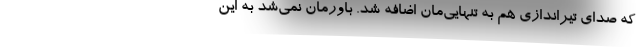
که صدای تیراندازی هم به تنهایی‌مان اضافه شد. باورمان نمی‌شد به این